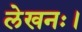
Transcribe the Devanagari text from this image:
लेखनः।